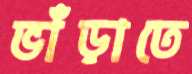
ভাঁড়াতে